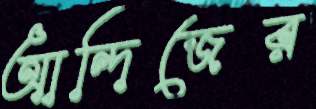
আন্দিজের